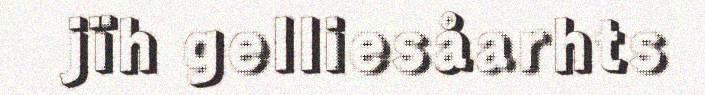
jïh gelliesåarhts